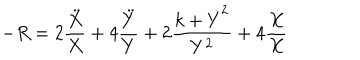
- R = 2 \frac { \ddot { X } } X + 4 \frac { \ddot { Y } } Y + 2 \frac { k + \dot { Y } ^ { 2 } } { Y ^ { 2 } } + 4 \frac { \dot { X } } X